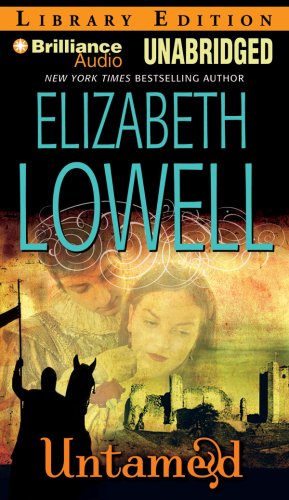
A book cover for Untamed (Medieval Trilogy); Elizabeth Lowell; Romance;